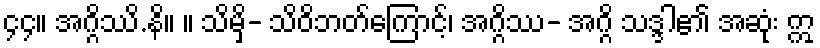
၄၄။ အဂ္ဂိဿိ.နိ။ ။ သိမှိ- သိဝိဘတ်ကြောင့်၊ အဂ္ဂိဿ- အဂ္ဂိ သဒ္ဒါ၏ အဆုံး ဣ